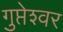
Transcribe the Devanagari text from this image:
गुप्तेश्‍वर